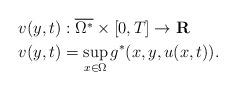
LaTeX: \begin{align*} v(y,t) &:\overline{\Omega^*} \times [0,T] \rightarrow \mathbf{R}\\ v(y,t) &= \sup_{x \in \Omega}g^*(x,y,u(x,t)). \end{align*}